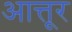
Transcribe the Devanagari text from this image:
आत्तूर